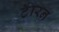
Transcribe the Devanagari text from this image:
टॅारन